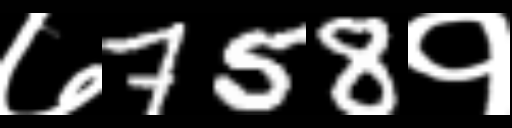
Text: ७758१